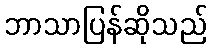
ဘာသာပြန်ဆိုသည်